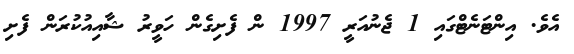
އެވެ. އިންޓަނެޓްގައި 1 ޖެނުއަރީ 1997 ން ފެށިގެން ހަވީރު ޝާއިއުކުރަން ފެށި